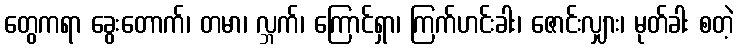
တွေကရာ ခွေးတောက်၊ တမာ၊ လ္ဘက်၊ ကြောင်ရှာ၊ ကြက်ဟင်းခါး၊ ဇောင်းလျှား၊ မုတ်ခါး စတဲ့